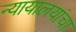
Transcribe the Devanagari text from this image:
न्यायालयांचा